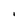
Character: I